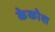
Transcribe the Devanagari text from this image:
केकोश